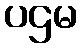
ပဌမ